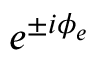
e ^ { \pm i \phi _ { e } }